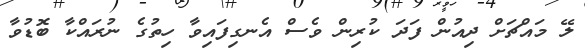
ލޭ މައްޗަށް ދިއުން ފަދަ ކުރިން ވެސް އެނގިފައިވާ ހިތުގެ ނުރައްކާ ބޮޑުވާ